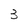
Character: 3